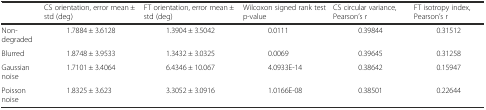
<table><thead><tr><td>[EMPTY_CELL]</td><td><b>CS orientation, error mean ± std (deg)</b></td><td><b>FT orientation, error mean ± std (deg)</b></td><td><b>Wilcoxon signed rank test p-value</b></td><td><b>CS circular variance, Pearson’s r</b></td><td><b>FT isotropy index, Pearson’s r</b></td></tr></thead><tbody><tr><td>Non-degraded</td><td>1.7884 ± 3.6128</td><td>1.3904 ± 3.5042</td><td>0.0111</td><td>0.39844</td><td>0.31512</td></tr><tr><td>Blurred</td><td>1.8748 ± 3.9533</td><td>1.3432 ± 3.0325</td><td>0.0069</td><td>0.39645</td><td>0.31258</td></tr><tr><td>Gaussian noise</td><td>1.7101 ± 3.4064</td><td>6.4346 ± 10.067</td><td>4.0933E-14</td><td>0.38642</td><td>0.15947</td></tr><tr><td>Poisson noise</td><td>1.8325 ± 3.623</td><td>3.3052 ± 3.0916</td><td>1.0166E-08</td><td>0.38501</td><td>0.22644</td></tr></tbody></table>